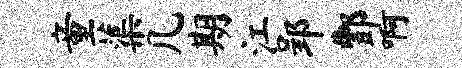
童蕖几期江郢酆啊